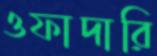
ওফাদারি